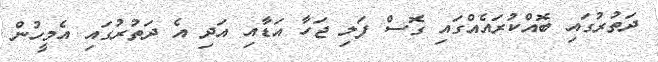
ދަތުރުގައި ބޮއްކުރައެއްގައި ގޮސް ފަލި ޖަހާ އަޑާއި އަދި އެ ދަތުރުގައި އެމީހުން